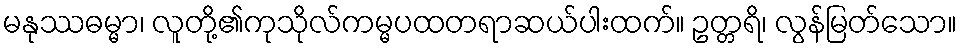
မနုဿဓမ္မာ၊ လူတို့၏ကုသိုလ်ကမ္မပထတရာဆယ်ပါးထက်။ ဥတ္တရိ၊ လွန်မြတ်သော။